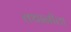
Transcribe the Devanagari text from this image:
तथानीला